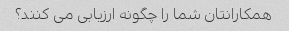
همکارانتان شما را چگونه ارزیابی می کنند؟